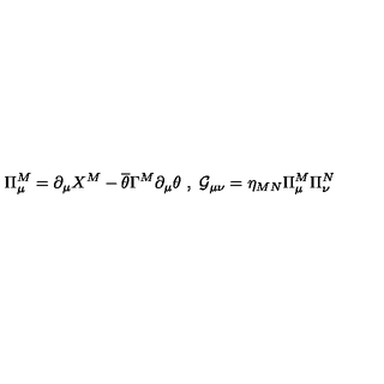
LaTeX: \Pi _ { \mu } ^ { M } = \partial _ { \mu } X ^ { M } - \overline { { \theta } } \Gamma ^ { M } \partial _ { \mu } \theta \ , \ \mathcal { G } _ { \mu \nu } = \eta _ { M N } \Pi _ { \mu } ^ { M } \Pi _ { \nu } ^ { N }